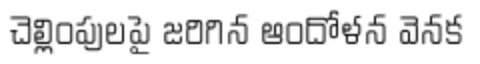
చెల్లింపులపై జరిగిన ఆందోళన వెనక